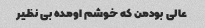
عالی بودمن که خوشم اومده بی نظیر